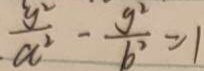
\frac { y ^ { 2 } } { a ^ { 2 } } - \frac { y ^ { 2 } } { b ^ { 2 } } = 1